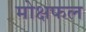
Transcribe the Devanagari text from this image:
मोक्षफल